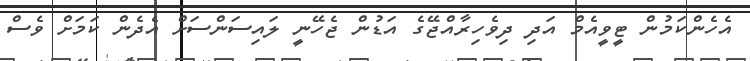
އެހެންކަމުން ޓީވީއެމް އަދި ދިވެހިރާއްޖޭގެ އަޑުން ޖެހޭނީ ލައިސަންސަށް އެދެން ކަމަށް ވެސް